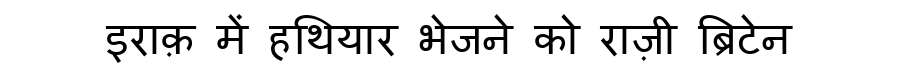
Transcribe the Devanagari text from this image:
इराक़ में हथियार भेजने को राज़ी ब्रिटेन